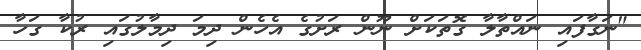
"ނަގާފައި ނައްތާލާ ގޮތަކަށް ނޫން ރަށުގެ އެހެން ދިމަ ދިމާލުގައި ރުކާ ގަހާ